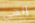
إلهي